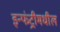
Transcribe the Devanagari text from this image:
इन्फंट्रीमधील